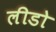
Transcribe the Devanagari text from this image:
लीडो